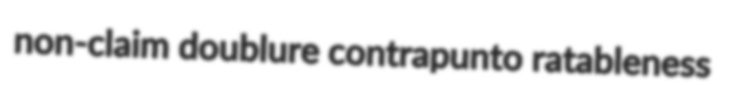
non-claim doublure contrapunto ratableness